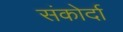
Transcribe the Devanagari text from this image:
संकोर्दा